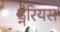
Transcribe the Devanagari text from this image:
ड्नेरियस